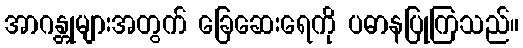
အာဂန္တုများအတွက် ခြေဆေးရေကို ပဓာနပြုကြသည်။